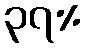
၃၇%